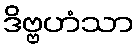
ဒိဗ္ဗဟံသာ